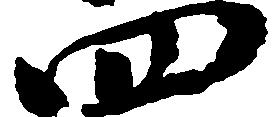
四